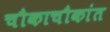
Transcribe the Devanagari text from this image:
चौकाचौकांत